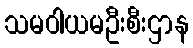
သမဝါယမဦးစီးဌာန